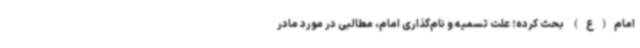
امام(ع) بحث کرده؛ علت تسمیه و نام‌گذاری امام، مطالبی در مورد مادر